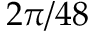
2 \pi / 4 8